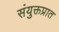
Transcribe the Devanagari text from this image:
संयुक्तप्रात